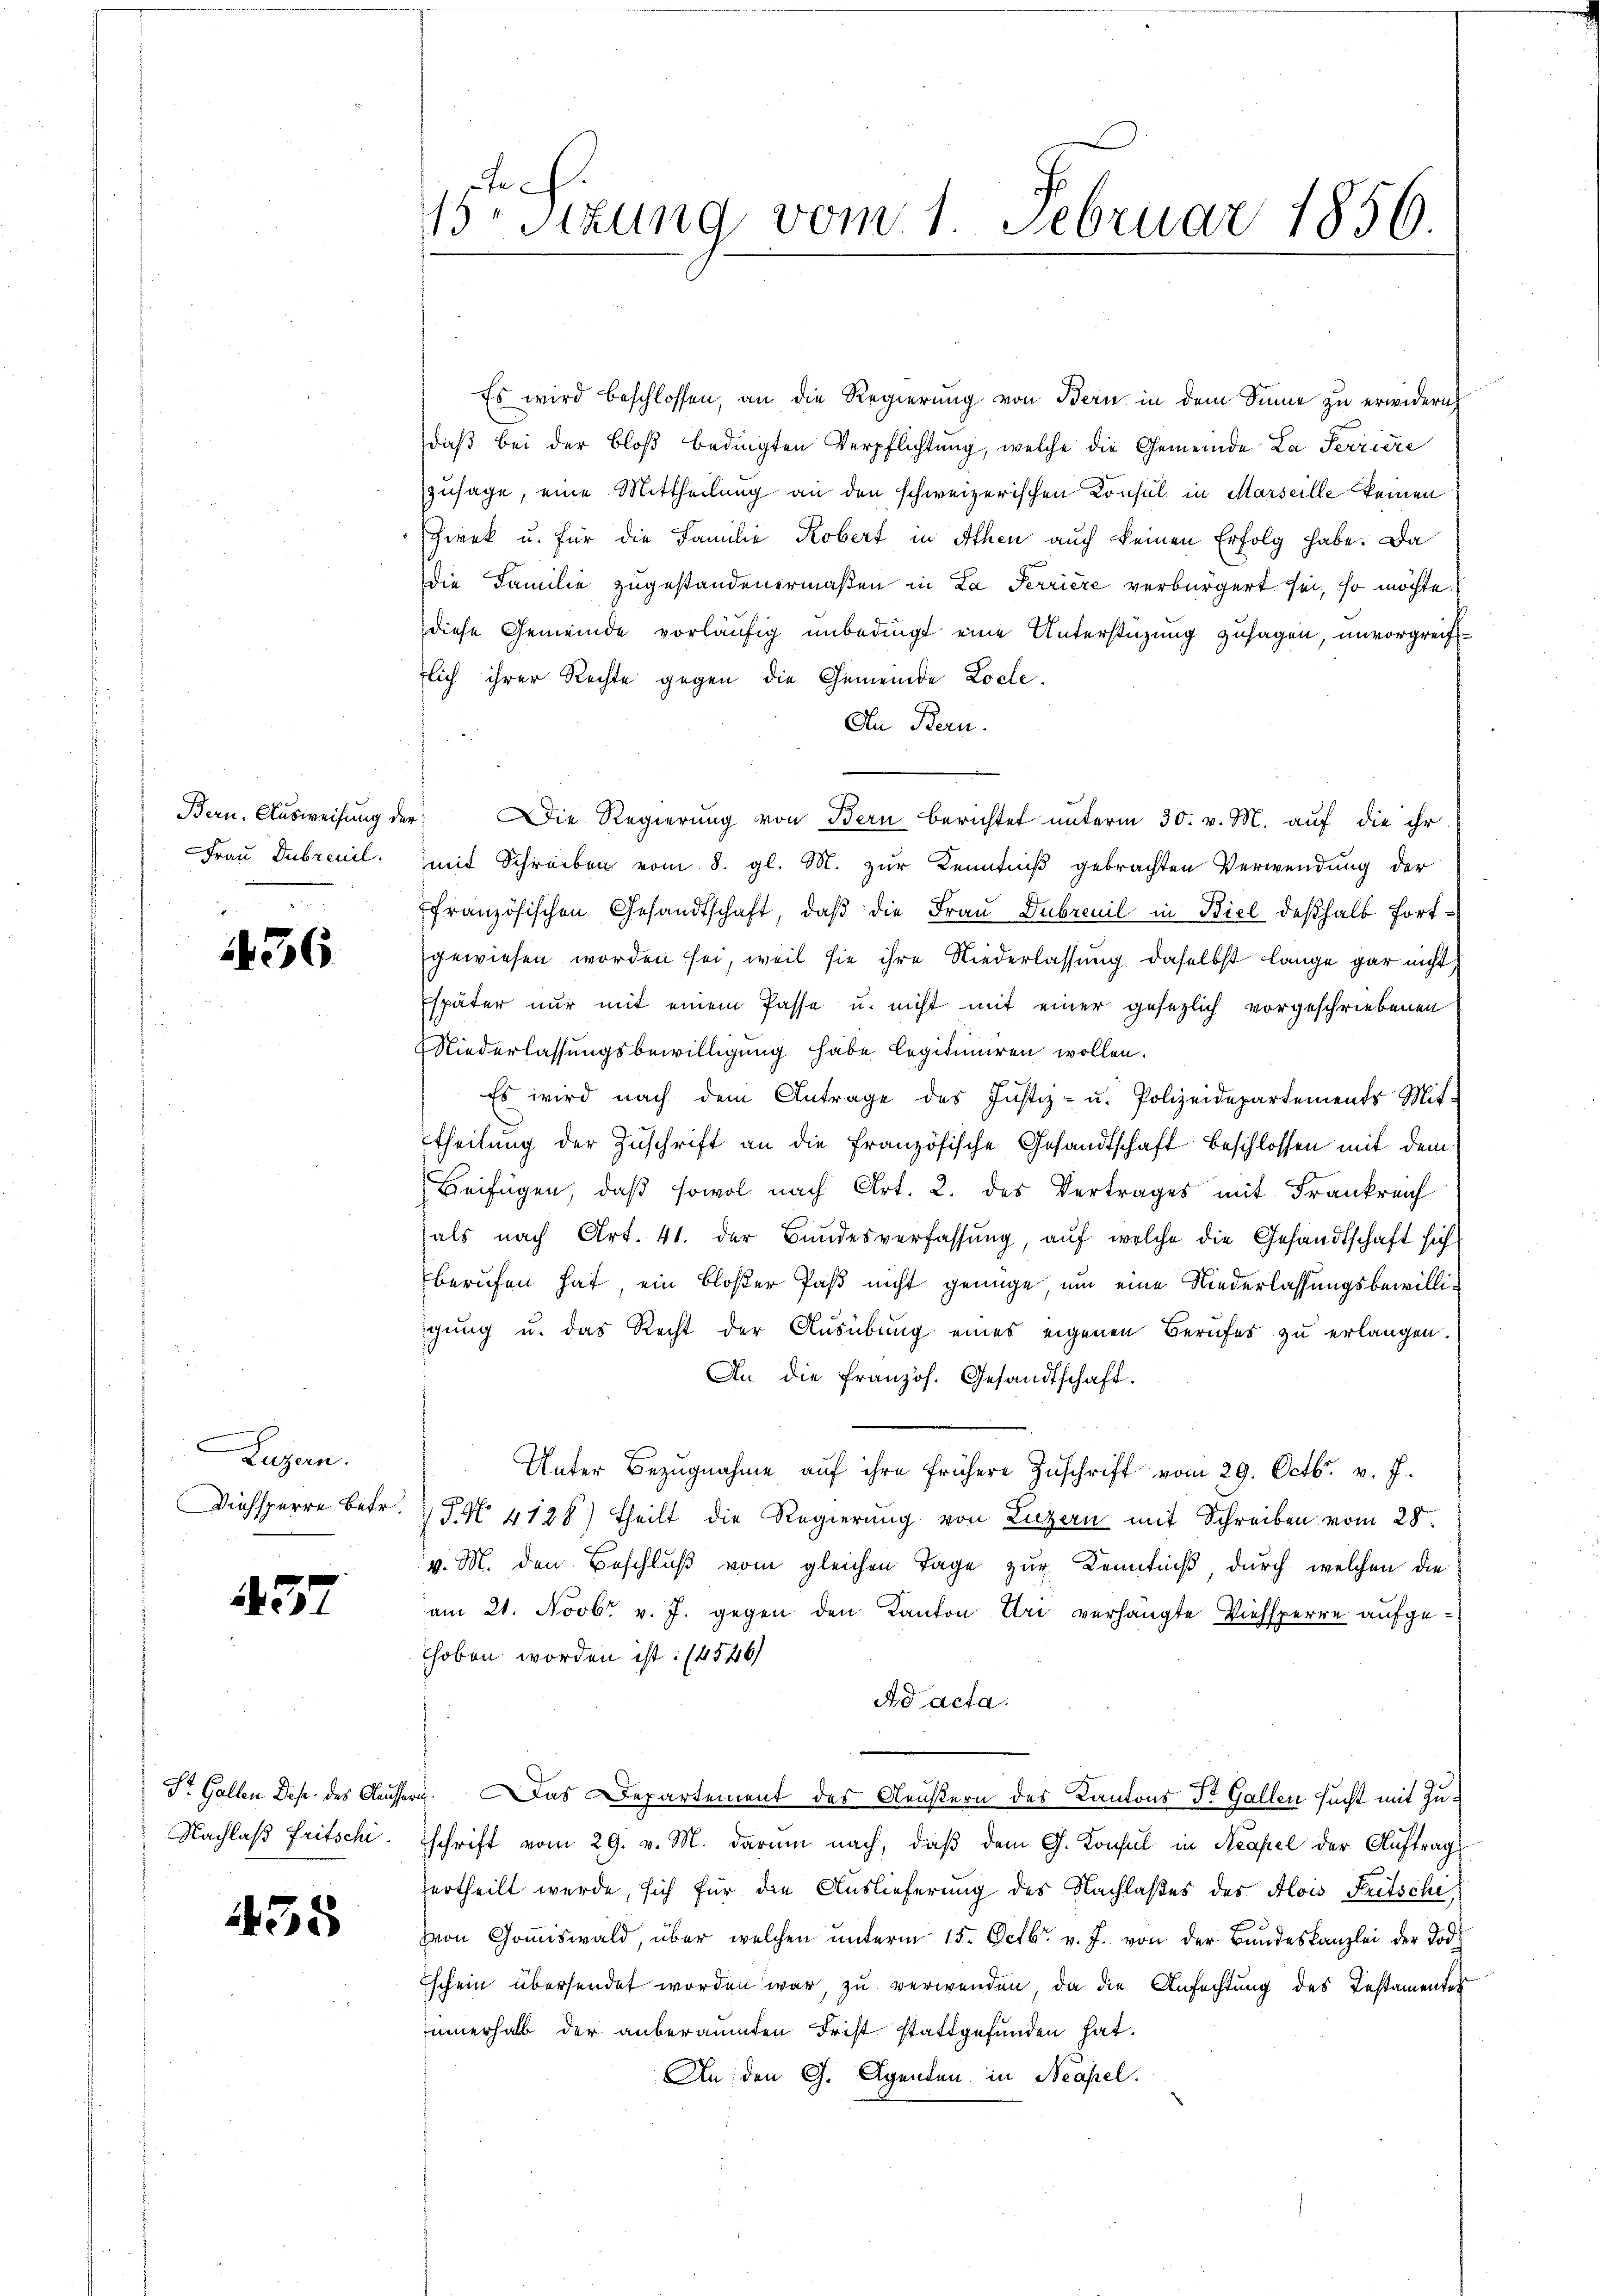
36

Luzern.

237

435

Es wird beschlossen, an die Regierung von Bern in dem Sinne zu erwidern,
daß bei der Bloß bedingten Verpflichtung, welche die Gemeinde La Perriere
zusage, eine Mittheilung an den schweizerischen Konsul in Marseille keinen
Zwek u. für die Familie Kobert in Athen auch keinen Erfolg habe. Da
Die Familie zugestandenermaßen in La Perrière verbürgert sei, so möchte
diese Gemeinde vorläufig unbedingt eine Unterstüzung zusagen, unvorgreiflich ihrer Rechte gegen die Gemeinde Loche.
An Bern.
Bern. Ausweisung der Die Regierŭng von Bern berichtet unterm 30. v. M. aŭf die ihr
Frau Dubreuil, mit Schreiben vom 8. gl. M. zur Kenntniß gebrachten Verwendung der
ffranzösischen Gesandtschaft, daß die Frau Dubrenil in Biel deßhalb fortgewiesen worden sei, weil sie ihre Niederlassung daselbst lange gar nicht,
Espäter nur mit einem Pässe u. nicht mit einer gesezlich vorgeschriebenen
Niederlassungsbewilligung habe legitimiren wollen.
Es wird nach dem Antrage des Justiz- u. Polizeidepartements Mit-
theilung der Zuschrift an die französische Gesandtschaft Beschlossen mit dem
Beifügen, daß sowol nach Art. 2. des Vertrages mit Frankreich
als nach Art. 41. der Bundesverfassŭng, aŭf welche die Gesandtschaft sich
berufen hat ein bloßer Paß nicht genüge, um eine Niederlassungsbewilligung u. das Recht der Ausübung eines eigenen Berufes zu erlangen.
An die französ. Gesandtschaft.
Unter Bezŭgnahme aŭf ihre frühere Zŭschrift vom 29. Octbr. v. J.
Viehsperre betr. P. N. 4128) theilt die Regierŭng von Luzern mit Schreiben vom 28.
v. M. den Beschluß vom gleichen Tage zur Kenntniß, durch welchen die
am 21. Novbr. v. J. gegen den Kanton Uri verhängte Viehsperre aufgehoben worden ist: (4546)
Ad acta.
Dr. Gallen Dep. des Aeussern. Das Departement des Aeustern des Kantons St. Gallen sucht mit Zu¬
Nachlaβ Fritschi. Schrift vom 29. v. M. darum nach, daß dem G. Konsul in Neapel der Auftrag
ertheilt werde, sich für die Auslieferung des Nachlaßes des Alois Fritsche
von Goṁiswald, über welchen ŭnterm 15. Octbr. v. J. von der Bundeskanzlei der Tod
Eschein übersendet worden war, zu verwenden, da die Anfechtung des Testamentes
innerhalb der anberaumten Frist stattgefunden hat.
An den G. Agenden in Neapel.

15te Sizung vom 1. Februar 1856.